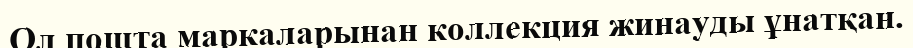
Ол пошта маркаларынан коллекция жинауды ұнатқан.